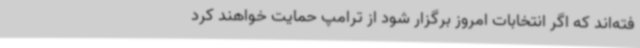
فته‌اند که اگر انتخابات امروز برگزار شود از ترامپ حمایت خواهند کرد